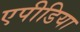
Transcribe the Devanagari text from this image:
एपीडिया